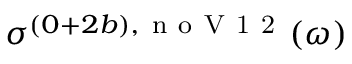
\sigma ^ { ( 0 + 2 b ) , \mathrm { ~ n ~ o ~ V ~ 1 ~ 2 ~ } } ( \omega )